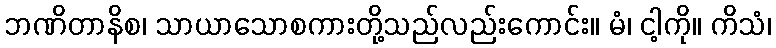
ဘဏိတာနိစ၊ သာယာသောစကားတို့သည်လည်းကောင်း။ မံ၊ ငါ့ကို။ ကိသံ၊